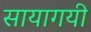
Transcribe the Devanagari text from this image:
सायागयी